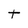
Character: t